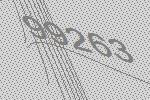
99263